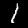
Label: 1